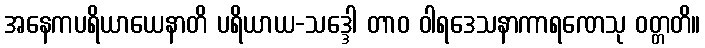
အနေကပရိယာယေနာတိ ပရိယာယ-သဒ္ဒေါ တာဝ ဝါရဒေသနာကာရဏေသု ဝတ္တတိ။